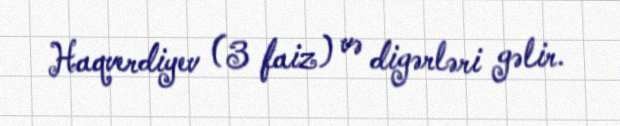
Haqverdiyev (3 faiz) və digərləri gəlir.